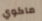
ماكوي